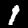
Digit: 1